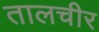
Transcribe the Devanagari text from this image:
तालचीर